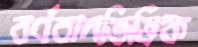
বর্ণবাদভিত্তিক